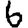
Digit: 6